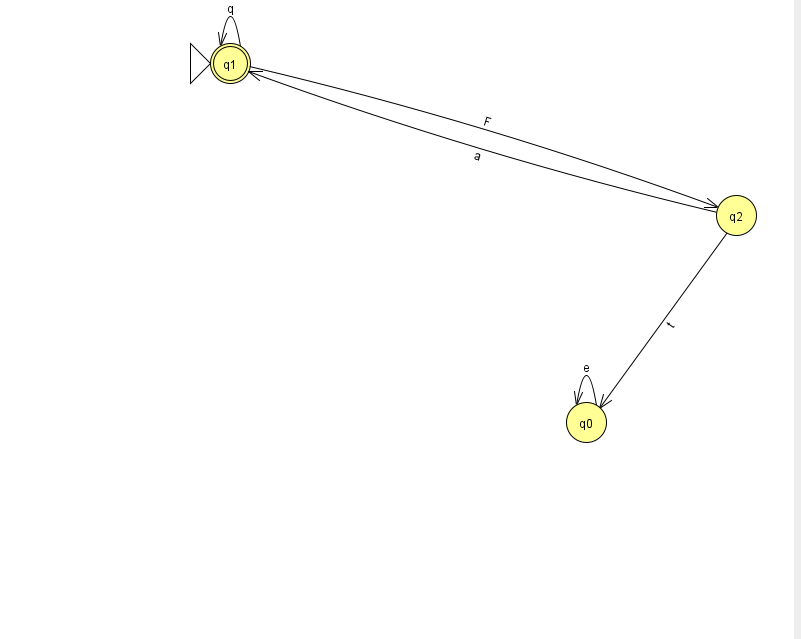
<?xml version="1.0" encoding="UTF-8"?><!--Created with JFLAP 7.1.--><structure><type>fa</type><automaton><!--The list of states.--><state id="0" name="q0"><x>586.0</x><y>409.0</y></state><state id="1" name="q1"><x>230.0</x><y>50.0</y><initial/><final/></state><state id="2" name="q2"><x>736.0</x><y>202.0</y></state><!--The list of transitions.--><transition><from>1</from><to>1</to><read>q</read></transition><transition><from>0</from><to>0</to><read>e</read></transition><transition><from>2</from><to>0</to><read>t</read></transition><transition><from>1</from><to>2</to><read>F</read></transition><transition><from>2</from><to>1</to><read>a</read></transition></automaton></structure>